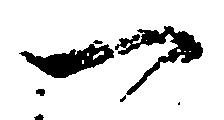
一